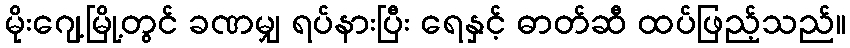
မိုးဂျေ့မြို့တွင် ခဏမျှ ရပ်နားပြီး ရေနှင့် ဓာတ်ဆီ ထပ်ဖြည့်သည်။